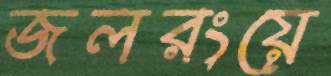
জলরংয়ে